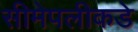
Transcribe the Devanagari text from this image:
सीमेपलीकडे